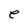
Character: e